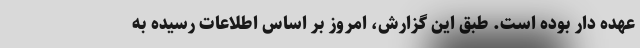
عهده دار بوده است. طبق این گزارش، امروز بر اساس اطلاعات رسیده به